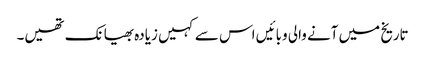
تاریخ میں آنے والی وبائیں اس سے کہیں زیادہ بھیانک تھیں۔